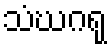
သံဃဂရု